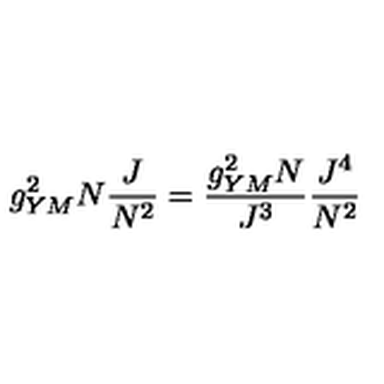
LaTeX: g _ { Y M } ^ { 2 } N \frac { J } { N ^ { 2 } } = \frac { g _ { Y M } ^ { 2 } N } { J ^ { 3 } } \frac { J ^ { 4 } } { N ^ { 2 } }